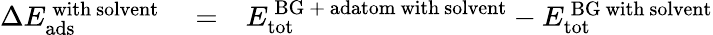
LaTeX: \begin{array}{rlr}{\Delta E_{\mathrm{ads}}^{\mathrm{\, with\ solvent}}}&{{}=}&{E_{\mathrm{tot}}^{\mathrm{\, BG\ +\ adatom\ with\ solvent}}-E_{\mathrm{tot}}^{\mathrm{\, BG\ with\ solvent}}}\end{array}